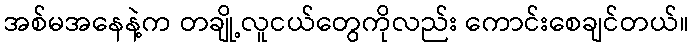
အစ်မအနေနဲ့က တချို့လူငယ်တွေကိုလည်း ကောင်းစေချင်တယ်။